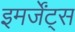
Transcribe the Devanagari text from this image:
इमर्जेंट्स